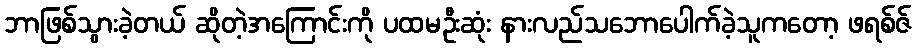
ဘာဖြစ်သွားခဲ့တယ် ဆိုတဲ့အကြောင်းကို ပထမဦးဆုံး နားလည်သဘောပေါက်ခဲ့သူကတော့ ဖရစ်ဇ်